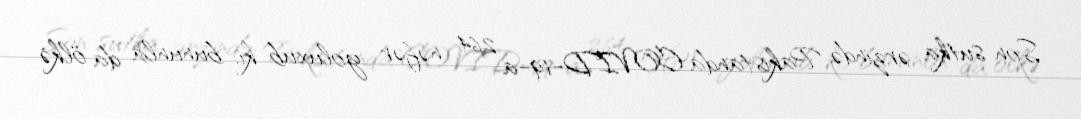
Son sutka ərzində Pakistanda COVID-19-a 264 nəfər yoluxub ki, bununla da ölkə